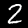
Label: 2